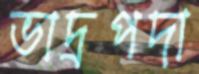
ভাদ্রপদা